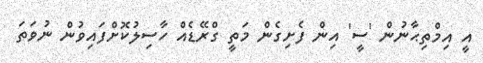
އީ އިމްތިޙާނުން 'ސީ' އިން ފެށިގެން މަތީ ގްރޭޑެއް ހާސިލުކޮށްފައިވުން ނުވަތަ